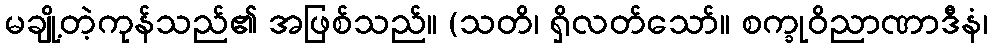
မချို့တဲ့ကုန်သည်၏ အဖြစ်သည်။ (သတိ၊ ရှိလတ်သော်။ စက္ခုဝိညာဏာဒီနံ၊